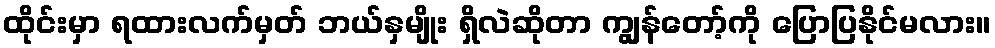
ထိုင်းမှာ ရထားလက်မှတ် ဘယ်နှမျိုး ရှိလဲဆိုတာ ကျွန်တော့်ကို ပြောပြနိုင်မလား။